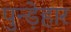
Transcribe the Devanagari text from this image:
पुन्ड़ेहार